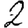
Digit: 2